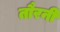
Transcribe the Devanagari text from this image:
तौरनी